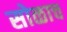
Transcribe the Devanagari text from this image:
सोळाच